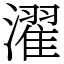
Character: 濯